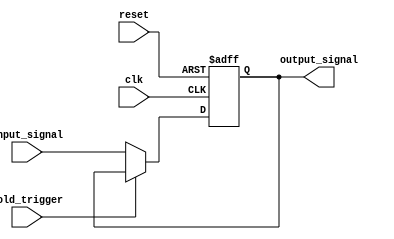
module hold_condition (
    input wire clk,               // Clock signal
    input wire reset,             // Reset signal
    input wire hold_trigger,      // Input signal to trigger hold condition
    input wire [7:0] input_signal, // Input signal to be held
    output reg [7:0] output_signal // Output signal that is held
);

    reg hold_state;               // State variable for hold condition

    // State management and output behavior
    always @(posedge clk or posedge reset) begin
        if (reset) begin
            output_signal <= 8'b0; // Reset output
            hold_state <= 1'b0;    // Clear hold state
        end else if (hold_trigger) begin
            hold_state <= 1'b1;    // Enter hold state
        end else begin
            hold_state <= 1'b0;    // Exit hold state
            output_signal <= input_signal; // Update output with new input
        end
    end

    // Maintain output during hold condition
    always @(posedge clk) begin
        if (hold_state) begin
            // Do nothing, hold the last output value
            // output_signal remains unchanged
        end
    end

endmodule